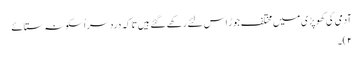
آدمی کی کھوپڑی میں مختلف جوڑ اس لئے رکھے گئے ہیں تا کہ دردِ سر اُسکو نہ ستائے
۲)۔